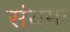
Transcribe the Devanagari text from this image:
संयमः